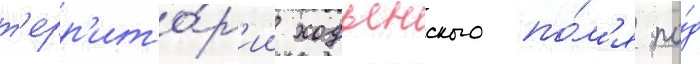
т'ерр'ито́р'ии ходынского по́л'я по́д